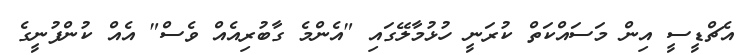
އެޗްޑީސީ އިން މަސައްކަތް ކުރަނީ ހުޅުމާލޭގައި "އެންމެ ގާބުރިއެއް ވެސް" އެއް ކުންފުނީގެ